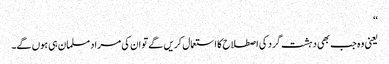
‘‘
یعنی وہ جب بھی دہشت گرد کی اصطلاح کا استعمال کریں گے تو ان کی مراد مسلمان ہی ہوں گے۔